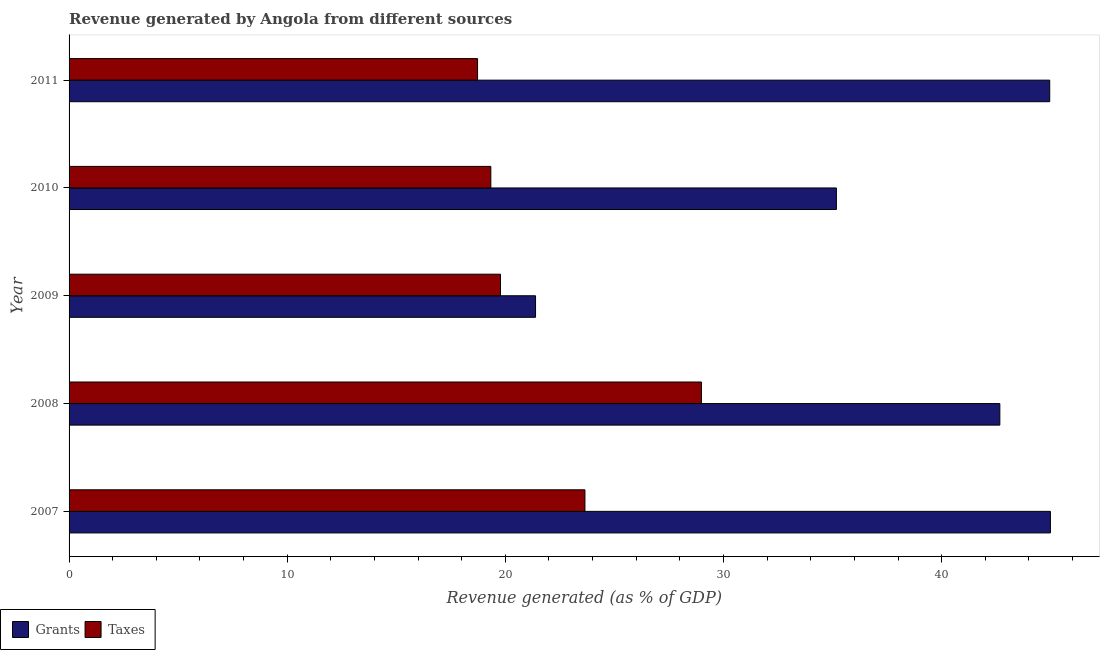
| Year | Grants | Taxes |
 | --- | --- | --- |
 | 2007 | 45 | 23.6 |
 | 2008 | 42.7 | 29 |
 | 2009 | 21.4 | 19.8 |
 | 2010 | 35.2 | 19.3 |
 | 2011 | 45 | 18.7 |